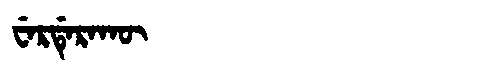
Manchu: ᠸᡝᡵᡩᡝᡵᠠᡴᡡ
Romanization: WERDERAKŪ